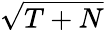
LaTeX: \sqrt{T+N}